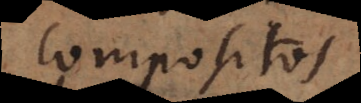
compositos,